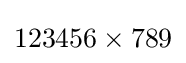
123456\times 789